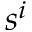
s ^ { i }